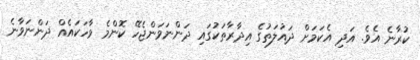
ކުރާނެ އެވެ. އަދި އެކަމަށް ދައުލަތުގެ އިދާރާތަކުގައި ދަންނަވަންޖެހޭ ކޮންމެ ވާހަކައެއް ދަންނަވާނެ